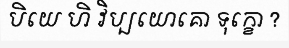
បិយេ ហិ វិប្បយោគោ ទុក្ខោ ?